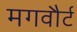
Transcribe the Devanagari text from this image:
मगवौर्ट